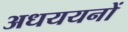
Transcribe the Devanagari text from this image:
अधययनों